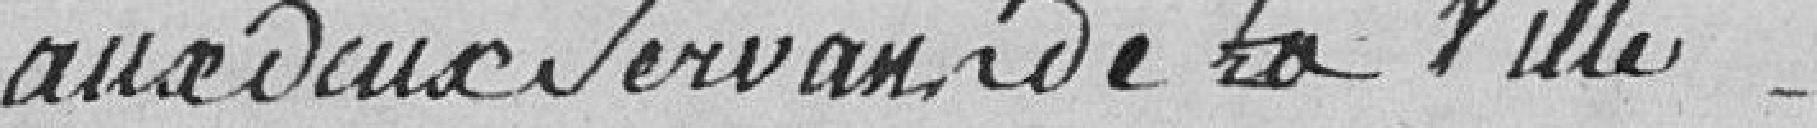
aux deux servants de la ville